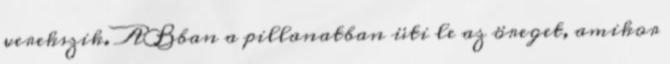
verekszik. ABban a pillanatban üti le az öreget, amikor